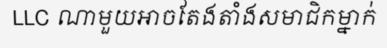
LLC ណាមួយអាចតែងតាំងសមាជិកម្នាក់